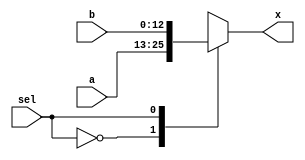
// generic_mux
// Algorithm :: generic 2-input MUX 
// unit type :: combinational
// Note      :: all arithmetic operations will use signed (2'complement) 13-bit width

module generic_mux2
#(parameter WIDTH=13)
(a, b, sel, x);
input [WIDTH-1:0] a, b;
input sel;
output reg [WIDTH-1:0] x;

always @(*)
begin
	case(sel)
		1'b0: x = a;
		1'b1: x = b;
	endcase
end

endmodule